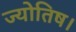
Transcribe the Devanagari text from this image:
ज्‍योतिष।